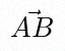
\vec{AB}